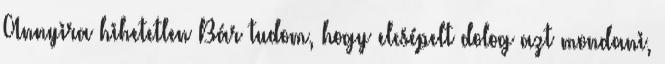
Annyira hihetetlen Bár tudom, hogy elcsépelt dolog azt mondani,